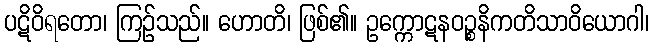
ပဋိဝိရတော၊ ကြဉ်သည်။ ဟောတိ၊ ဖြစ်၏။ ဥက္ကောဋနဝဉ္စနိကတိသာဝိယောဂါ၊